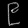
Digit: ၉